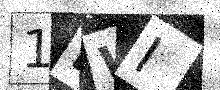
Text: 1BWI